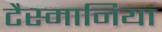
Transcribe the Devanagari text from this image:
टैस्मानिया